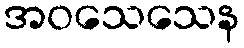
အဝသေသေန